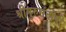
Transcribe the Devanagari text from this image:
श्रीगुरुसंतोषी